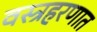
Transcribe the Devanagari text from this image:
वस्त्रहरणात